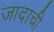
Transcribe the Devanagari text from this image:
जादाची